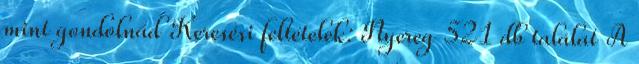
mint gondolnád Keresési feltételek: Nyereg 521 db találat A